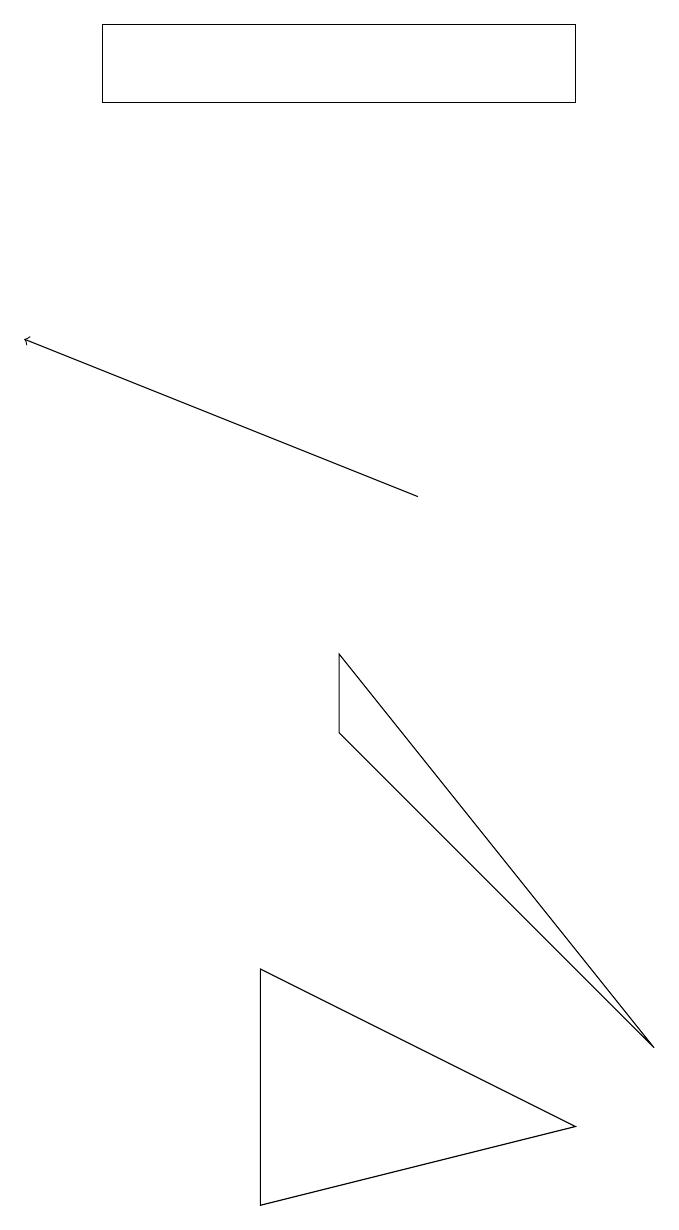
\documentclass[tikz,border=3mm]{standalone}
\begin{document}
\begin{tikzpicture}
\draw (5,8) -- (9,4) -- (5,9) -- cycle;
\draw[->] (6,11) -- (1,13);
\draw (4,2) -- (4,5) -- (8,3) -- cycle;
\draw (2,16) rectangle (8,17);
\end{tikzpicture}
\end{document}